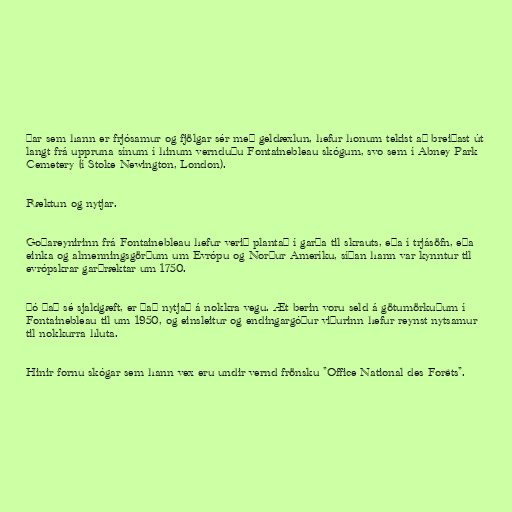
Þar sem hann er frjósamur og fjölgar sér með geldæxlun, hefur honum tekist að breiðast út
langt frá uppruna sínum í hinum vernduðu Fontainebleau skógum, svo sem í Abney Park
Cemetery (í Stoke Newington, London).

Ræktun og nytjar.

Goðareynirinn frá Fontainebleau hefur verið plantað í garða til skrauts, eða í trjásöfn, eða
einka og almenningsgörðum um Evrópu og Norður Ameríku, síðan hann var kynntur til
evrópskrar garðræktar um 1750.

Þó það sé sjaldgæft, er það nytjað á nokkra vegu. Æt berin voru seld á götumörkuðum í
Fontainebleau til um 1950, og einsleitur og endingargóður viðurinn hefur reynst nytsamur
til nokkurra hluta.

Hinir fornu skógar sem hann vex eru undir vernd frönsku "Office National des Forêts".